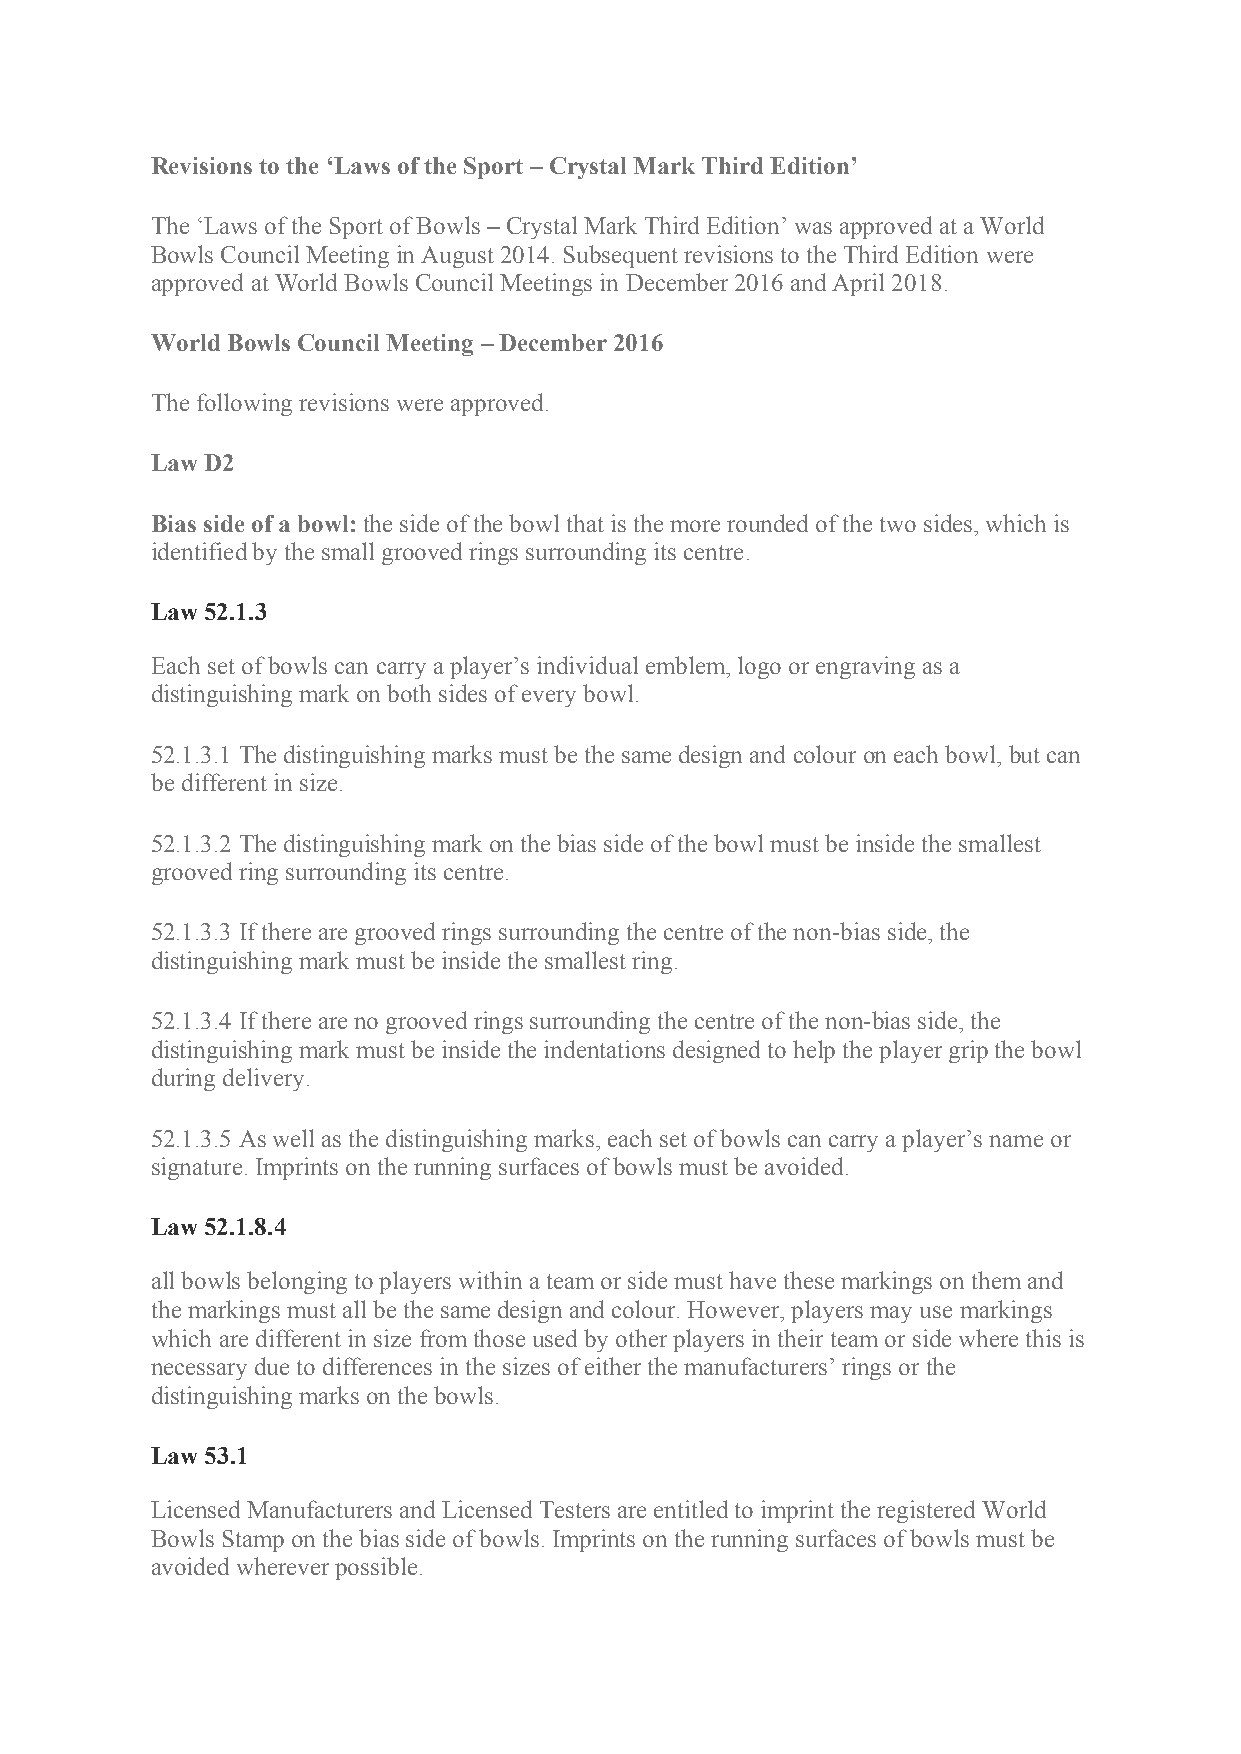
Revisions to the ‘Laws of the Sport – Crystal Mark Third Edition’
 The ‘Laws of the Sport of Bowls – Crystal Mark Third Edition’ was approved at a World
 Bowls Council Meeting in August 2014. Subsequent revisions to the Third Edition were
 approved at World Bowls Council Meetings in December 2016 and April 2018.
 World Bowls Council Meeting – December 2016
 The following revisions were approved.
 Law D2
 Bias side of a bowl: the side of the bowl that is the more rounded of the two sides, which is
 identified by the small grooved rings surrounding its centre.
 Law 52.1.3
 Each set of bowls can carry a player’s individual emblem, logo or engraving as a
 distinguishing mark on both sides of every bowl.
 52.1.3.1 The distinguishing marks must be the same design and colour on each bowl, but can
 be different in size.
 52.1.3.2 The distinguishing mark on the bias side of the bowl must be inside the smallest
 grooved ring surrounding its centre.
 52.1.3.3 If there are grooved rings surrounding the centre of the non-bias side, the
 distinguishing mark must be inside the smallest ring.
 52.1.3.4 If there are no grooved rings surrounding the centre of the non-bias side, the
 distinguishing mark must be inside the indentations designed to help the player grip the bowl
 during delivery.
 52.1.3.5 As well as the distinguishing marks, each set of bowls can carry a player’s name or
 signature. Imprints on the running surfaces of bowls must be avoided.
 Law 52.1.8.4
 all bowls belonging to players within a team or side must have these markings on them and
 the markings must all be the same design and colour. However, players may use markings
 which are different in size from those used by other players in their team or side where this is
 necessary due to differences in the sizes of either the manufacturers’ rings or the
 distinguishing marks on the bowls.
 Law 53.1
 Licensed Manufacturers and Licensed Testers are entitled to imprint the registered World
 Bowls Stamp on the bias side of bowls. Imprints on the running surfaces of bowls must be
 avoided wherever possible.